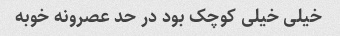
خیلی خیلی کوچک بود در حد عصرونه خوبه